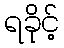
ရခိုင့်